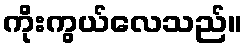
ကိုးကွယ်လေသည်။